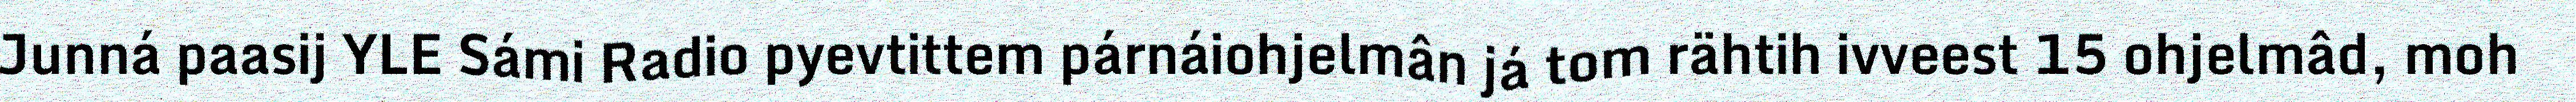
Junná paasij YLE Sámi Radio pyevtittem párnáiohjelmân já tom rähtih ivveest 15 ohjelmâd, moh